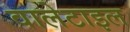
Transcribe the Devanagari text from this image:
वालेटाइल